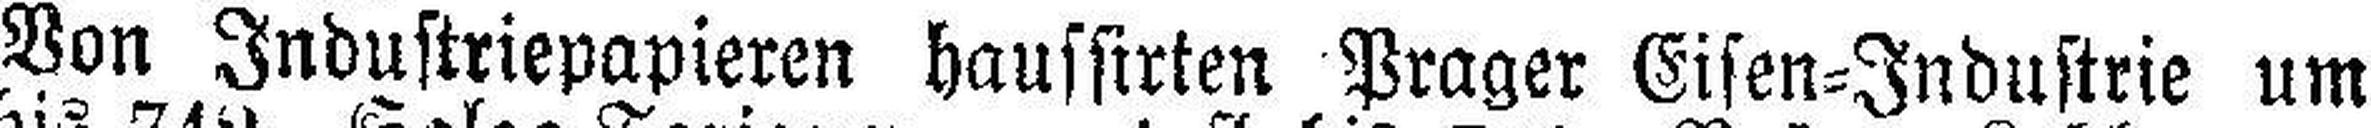
Von Industriepapieren haussirten Prager Eisen=Industrie um